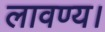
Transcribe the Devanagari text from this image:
लावण्य।